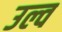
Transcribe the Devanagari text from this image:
उल्व